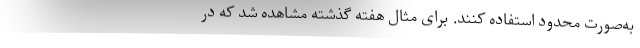
به‌صورت محدود استفاده کنند. برای مثال هفته گذشته مشاهده شد که در